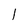
Character: l